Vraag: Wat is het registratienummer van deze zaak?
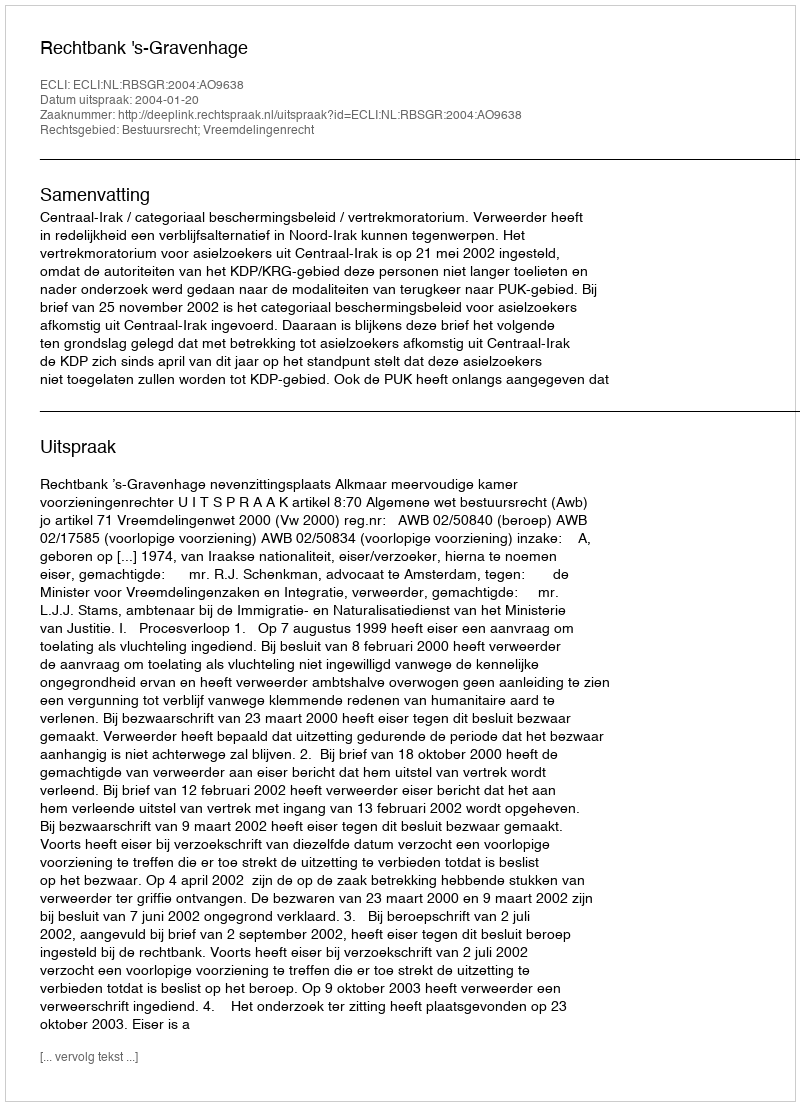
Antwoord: http://deeplink.rechtspraak.nl/uitspraak?id=ECLI:NL:RBSGR:2004:AO9638